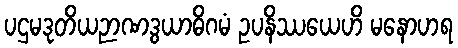
ပဌမဒုတိယဉာဏဒွယာဓိဂမံ ဥပနိဿယေဟိ မနောဟရ